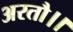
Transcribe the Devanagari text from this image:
अरतौ।।